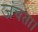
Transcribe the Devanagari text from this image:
जंचता।